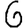
Digit: 6